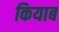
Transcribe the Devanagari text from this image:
कियाब